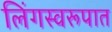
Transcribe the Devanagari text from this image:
लिंगस्वरूपात